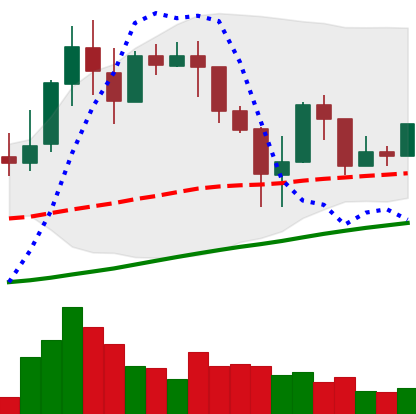
Ticker: LINK-USD
Chart end date: 2019-04-18
Forward return: -8.177%
Label: down_7plus